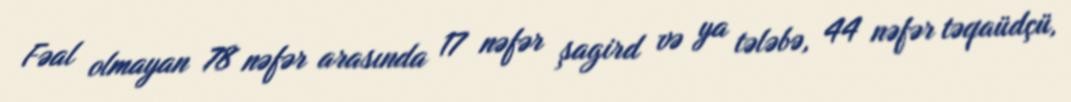
Fəal olmayan 78 nəfər arasında 17 nəfər şagird və ya tələbə, 44 nəfər təqaüdçü,